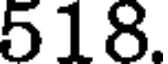
518.